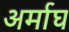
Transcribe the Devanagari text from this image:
अर्माघ